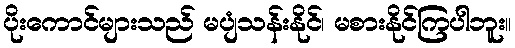
ပိုးကောင်များသည် မပျံသန်းနိုင်၊ မစားနိုင်ကြပါဘူး။